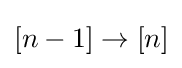
[n-1]\to [n]